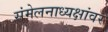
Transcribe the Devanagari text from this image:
संमेलनाध्यक्षांवर